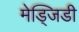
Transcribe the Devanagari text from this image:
मेड्जिडी